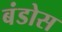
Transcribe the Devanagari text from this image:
बंडोस